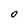
Character: O